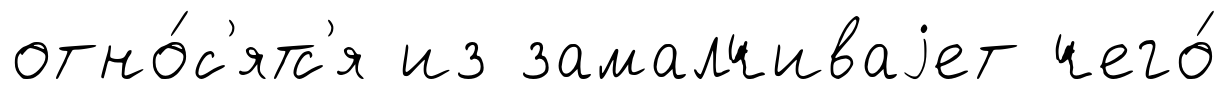
отно́с'ятс'я из замалчиваjет чего́